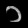
Digit: ၁